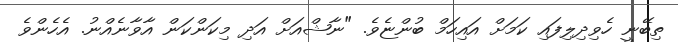
ތިބޭނީ ހެވިދިލިފައި ކަމަށް އައިހަމް ބުންޏެވެ. "ނާޝްއަށް އަދި މިކަންކަން އާވާނެއްނު. އެހެންވެ